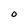
Character: O